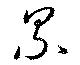
累